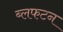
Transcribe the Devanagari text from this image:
ब्लफटन